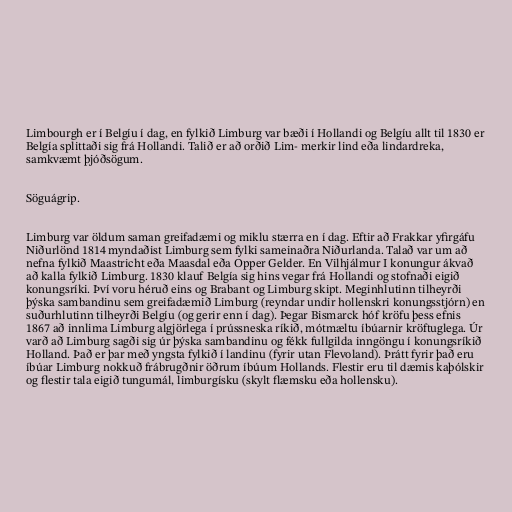
Limbourgh er í Belgíu í dag, en fylkið Limburg var bæði í Hollandi og Belgíu allt til 1830 er
Belgía splittaði sig frá Hollandi. Talið er að orðið Lim- merkir lind eða lindardreka,
samkvæmt þjóðsögum.

Söguágrip.

Limburg var öldum saman greifadæmi og miklu stærra en í dag. Eftir að Frakkar yfirgáfu
Niðurlönd 1814 myndaðist Limburg sem fylki sameinaðra Niðurlanda. Talað var um að
nefna fylkið Maastricht eða Maasdal eða Opper Gelder. En Vilhjálmur I konungur ákvað
að kalla fylkið Limburg. 1830 klauf Belgía sig hins vegar frá Hollandi og stofnaði eigið
konungsríki. Því voru héruð eins og Brabant og Limburg skipt. Meginhlutinn tilheyrði
þýska sambandinu sem greifadæmið Limburg (reyndar undir hollenskri konungsstjórn) en
suðurhlutinn tilheyrði Belgíu (og gerir enn í dag). Þegar Bismarck hóf kröfu þess efnis
1867 að innlima Limburg algjörlega í prússneska ríkið, mótmæltu íbúarnir kröftuglega. Úr
varð að Limburg sagði sig úr þýska sambandinu og fékk fullgilda inngöngu í konungsríkið
Holland. Það er þar með yngsta fylkið í landinu (fyrir utan Flevoland). Þrátt fyrir það eru
íbúar Limburg nokkuð frábrugðnir öðrum íbúum Hollands. Flestir eru til dæmis kaþólskir
og flestir tala eigið tungumál, limburgísku (skylt flæmsku eða hollensku).